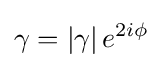
\gamma =\left|\gamma \right|e^{2i\phi }